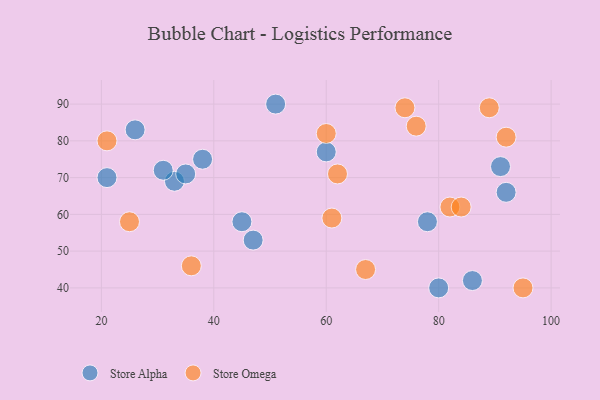
{"axis": {"x": "GDP", "y": "Life Expectancy"}, "legend": ["Store Alpha", "Store Omega"], "data": [{"x": "86", "y": 42, "type": "Store Alpha"}, {"x": "33", "y": 69, "type": "Store Alpha"}, {"x": "31", "y": 72, "type": "Store Alpha"}, {"x": "91", "y": 73, "type": "Store Alpha"}, {"x": "38", "y": 75, "type": "Store Alpha"}, {"x": "92", "y": 66, "type": "Store Alpha"}, {"x": "45", "y": 58, "type": "Store Alpha"}, {"x": "51", "y": 90, "type": "Store Alpha"}, {"x": "80", "y": 40, "type": "Store Alpha"}, {"x": "78", "y": 58, "type": "Store Alpha"}, {"x": "47", "y": 53, "type": "Store Alpha"}, {"x": "21", "y": 70, "type": "Store Alpha"}, {"x": "60", "y": 77, "type": "Store Alpha"}, {"x": "35", "y": 71, "type": "Store Alpha"}, {"x": "26", "y": 83, "type": "Store Alpha"}, {"x": "82", "y": 62, "type": "Store Omega"}, {"x": "21", "y": 80, "type": "Store Omega"}, {"x": "84", "y": 62, "type": "Store Omega"}, {"x": "67", "y": 45, "type": "Store Omega"}, {"x": "76", "y": 84, "type": "Store Omega"}, {"x": "95", "y": 40, "type": "Store Omega"}, {"x": "61", "y": 59, "type": "Store Omega"}, {"x": "36", "y": 46, "type": "Store Omega"}, {"x": "62", "y": 71, "type": "Store Omega"}, {"x": "89", "y": 89, "type": "Store Omega"}, {"x": "74", "y": 89, "type": "Store Omega"}, {"x": "60", "y": 82, "type": "Store Omega"}, {"x": "25", "y": 58, "type": "Store Omega"}, {"x": "92", "y": 81, "type": "Store Omega"}]}